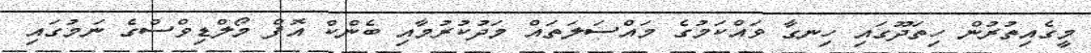
މީގެއިތުރުން ހިތަދޫގައި ހިނގާ ވައްކަމުގެ މައްސަލަތައް މަދުކުރުމާއި ބެންކް އޮފް މޯލްޑިވްސްގެ ނަމުގައި